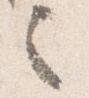
之